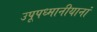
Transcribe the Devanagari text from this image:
उपूपध्मानीयानां